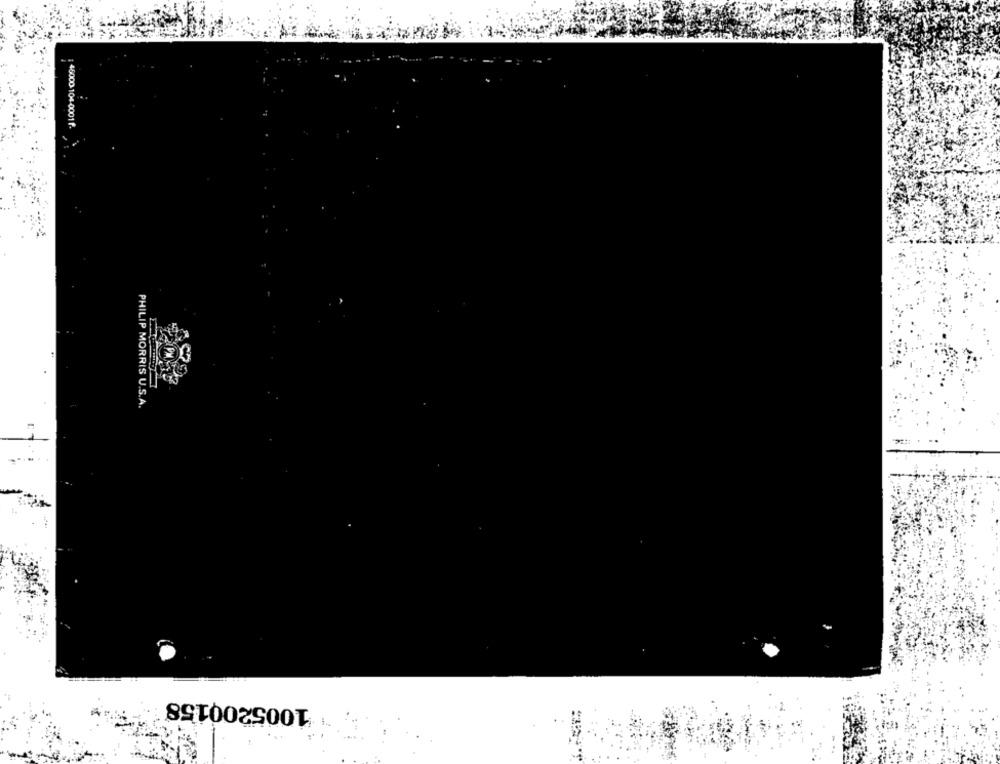
45000 104-0001 P
PHILIP MORRIS U.S.A.
1005200158